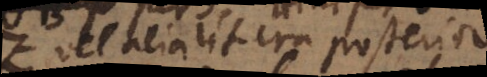
Z, vel alia litera posterior